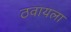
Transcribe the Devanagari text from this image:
ठवायला